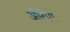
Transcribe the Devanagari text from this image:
ओरोग